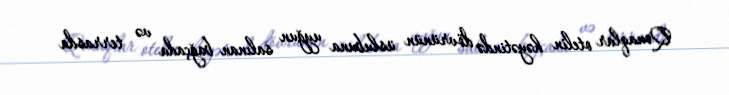
Qonaqlar otelin həyətində dövrünün üslubuna uyğun salınan bağçada və terrasda